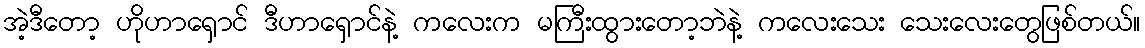
အဲ့ဒီတော့ ဟိုဟာရှောင် ဒီဟာရှောင်နဲ့ ကလေးက မကြီးထွားတော့ဘဲနဲ့ ကလေးသေး သေးလေးတွေဖြစ်တယ်။